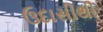
ઉદાસીથી